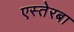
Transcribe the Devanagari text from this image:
एस्तेरबा